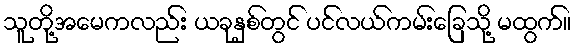
သူတို့အမေကလည်း ယခုနှစ်တွင် ပင်လယ်ကမ်းခြေသို့ မထွက်။